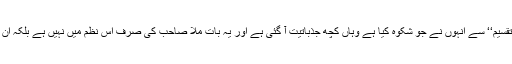
’’ملّا صاحب کی اس نظم میں سماجی اور تاریخی شعور موجود ہے لیکن دولت کی ’’مساویانہ تقسیم‘‘ سے انہوں نے جو شکوہ کیا ہے وہاں کچھ جذباتیت آ گئی ہے اور یہ بات ملّا صاحب کی صرف اس نظم میں نہیں ہے بلکہ ان کی شاعری میں اکثر جگہ یہ کیفیت ملتی ہے کہ وہ کسی مخصوص نظام کے قائل نہیں ہوتے۔